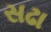
સઢા